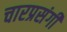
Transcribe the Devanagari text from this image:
चारप्रसंगी